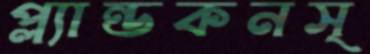
প্ল্যান্ডকনস্